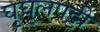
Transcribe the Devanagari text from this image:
घुघुलपट्टी